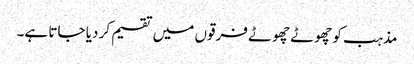
مذہب کو چھوٹے چھوٹے فرقوں میں تقسیم کر دیا جاتا ہے۔